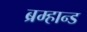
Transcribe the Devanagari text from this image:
ब्रम्हान्ड